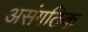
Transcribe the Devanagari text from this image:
असंगठिक